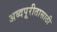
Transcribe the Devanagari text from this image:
अब्दपूरीतासाठी